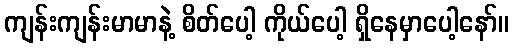
ကျန်းကျန်းမာမာနဲ့ စိတ်ပေါ့ ကိုယ်ပေါ့ ရှိနေမှာပေါ့နော်။